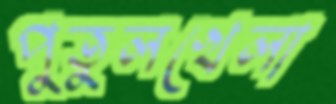
পুতুলখেলা